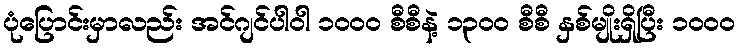
ပုံပြောင်းမှာလည်း အင်ဂျင်ပါဝါ ၁၀၀၀ စီစီနဲ့ ၁၃၀၀ စီစီ နှစ်မျိုးရှိပြီး ၁၀၀၀